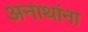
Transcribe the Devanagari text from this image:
अनाथांना